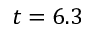
t = 6 . 3